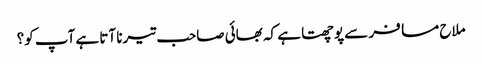
ملاح مسافر سے پوچھتا ہے کہ بھائی صاحب تیرنا آتا ہے آپ کو؟